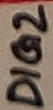
Text: DIG2